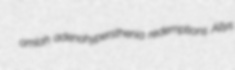
omlah adenohypersthenia redemptions Allys